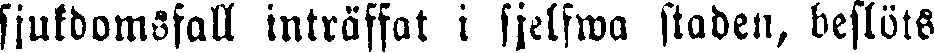
sjukdomsfall inträffat i sjelfwa staden, beslöts